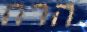
הרה